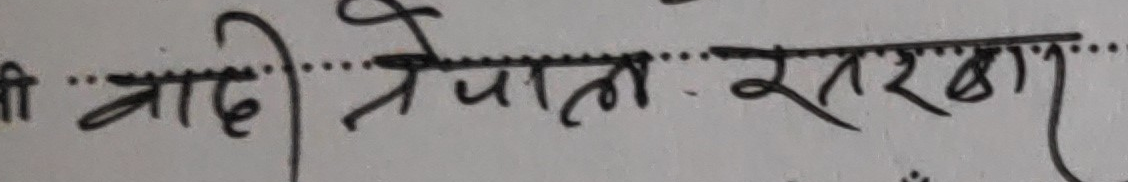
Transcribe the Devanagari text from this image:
श्रीबादी नेपाल सरण